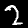
Digit: 2